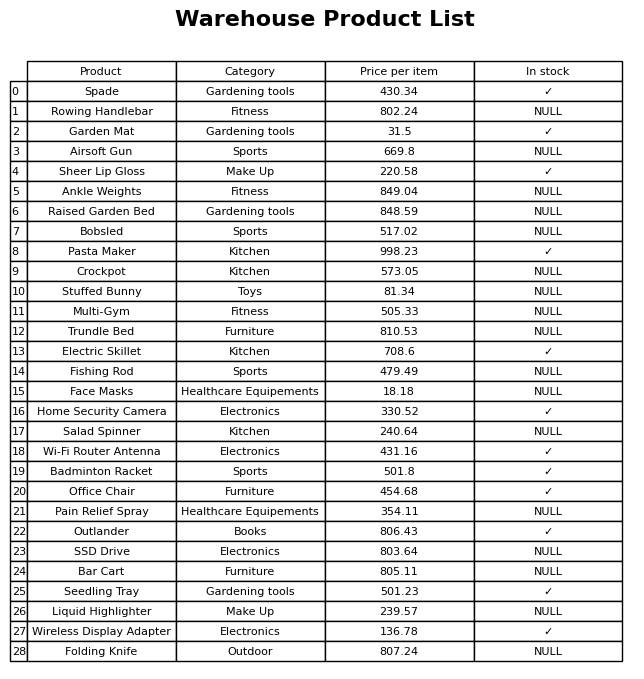
question: Is the Badminton Racket in stock?
answer: ✓